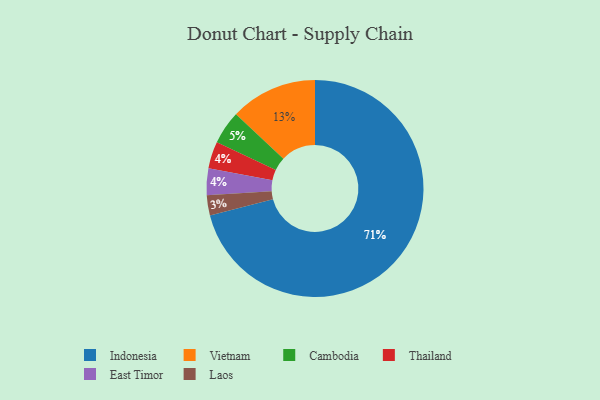
{"axis": {"x": "Category", "y": "Percentage"}, "legend": ["Cambodia", "East Timor", "Indonesia", "Laos", "Thailand", "Vietnam"], "data": [{"x": "Thailand", "y": 4, "type": "Thailand"}, {"x": "Indonesia", "y": 71, "type": "Indonesia"}, {"x": "Cambodia", "y": 5, "type": "Cambodia"}, {"x": "East Timor", "y": 4, "type": "East Timor"}, {"x": "Vietnam", "y": 13, "type": "Vietnam"}, {"x": "Laos", "y": 3, "type": "Laos"}]}